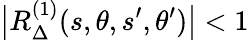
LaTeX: \big|R_{\Delta}^{(1)}(s,\theta,s^{\prime},\theta^{\prime})\big|<1